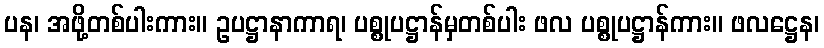
ပန၊ အဖို့တစ်ပါးကား။ ဥပဋ္ဌာနာကာရ၊ ပစ္စုပဋ္ဌာန်မှတစ်ပါး ဖလ ပစ္စုပဋ္ဌာန်ကား။ ဖလဋ္ဌေန၊